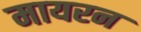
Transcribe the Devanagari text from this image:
मायरन